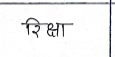
मजकूर: रिक्षा